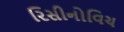
રિસીનોવિચ